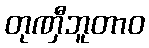
တုဏှီဘူတာဝ